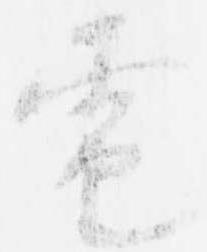
電